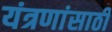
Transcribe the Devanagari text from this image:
यंत्रणांसाठी